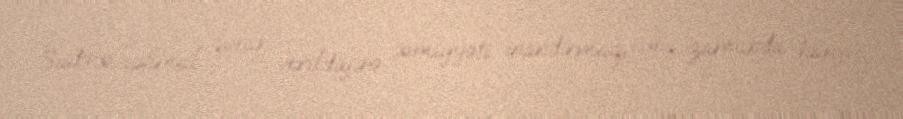
Sadəcə, optimal qərar verildiyinə cəmiyyəti inandırmaq, eyni zamanda hansı